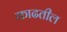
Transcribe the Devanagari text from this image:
काढतील